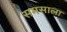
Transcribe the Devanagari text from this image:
समसाला